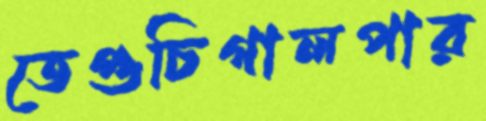
তেগুচিগালপার